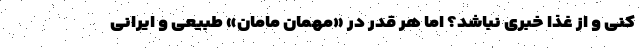
کنی و از غذا خبری نباشد؟ اما هر قدر در «مهمان مامان» طبیعی و ایرانی